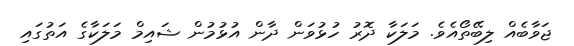
ޖަވާބެއް ލިބޭތޯއެވެ. މަލަކާ ދޮރު ހުޅުވަން ދާން އުޅުމުން ޝައިމް މަލަކާގެ އަތުގައި